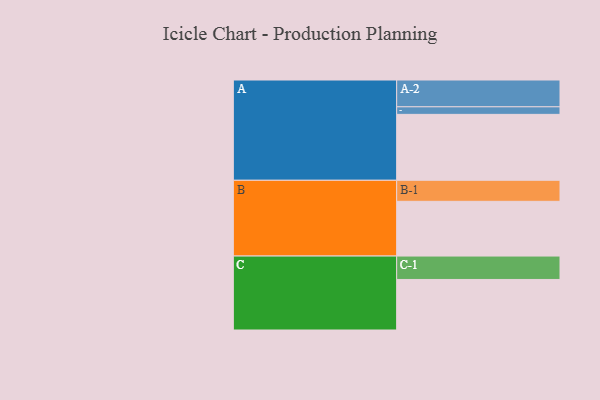
{"axis": {"x": "Segment", "y": "Value"}, "legend": ["", "A", "B", "C"], "data": [{"x": "A", "y": 583, "type": ""}, {"x": "B", "y": 484, "type": ""}, {"x": "C", "y": 447, "type": ""}, {"x": "A-1", "y": 67, "type": "A"}, {"x": "A-2", "y": 237, "type": "A"}, {"x": "B-1", "y": 186, "type": "B"}, {"x": "C-1", "y": 207, "type": "C"}]}